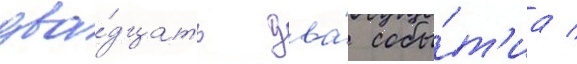
два́дцать два́ собы́т'иа /